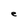
Character: e